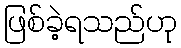
ဖြစ်ခဲ့ရသည်ဟု